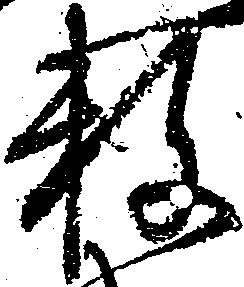
数